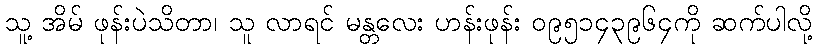
သူ့ အိမ် ဖုန်းပဲသိတာ၊ သူ လာရင် မန္တလေး ဟန်းဖုန်း ၀၉၅၁၄၃၉၆၄ကို ဆက်ပါလို့